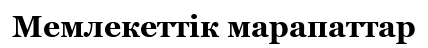
Мемлекеттік марапаттар